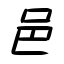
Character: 邑